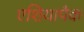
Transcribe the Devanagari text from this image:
एशियापैक